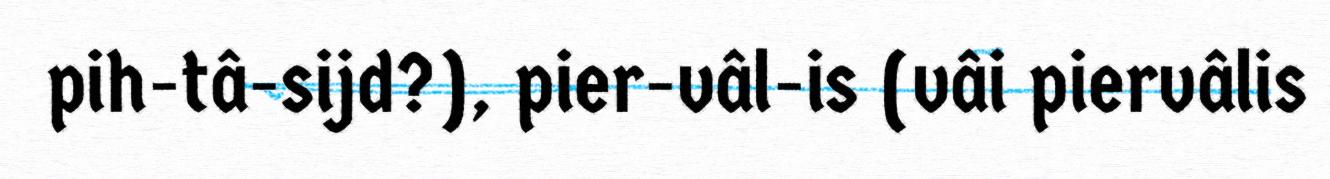
pih-tâ-sijd?), pier-vâl-is (vâi piervâlis